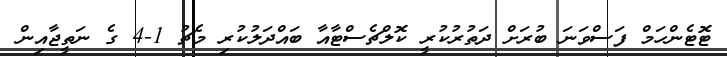
ޓޮޓެންހަމް ފަސްވަނަ ބުރަށް ދަތުރުކުރީ ކޮލްޗެސްޓާއާ ބައްދަލުކުރި މެޗު 1-4 ގެ ނަތީޖާއިން